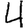
Digit: 4